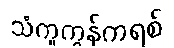
သံကူကွန်ကရစ်